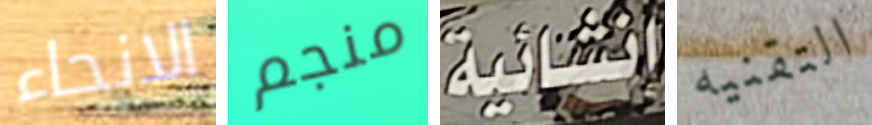
الانحاء منجم انشائية التقنيه